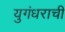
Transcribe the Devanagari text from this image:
युगंधराची